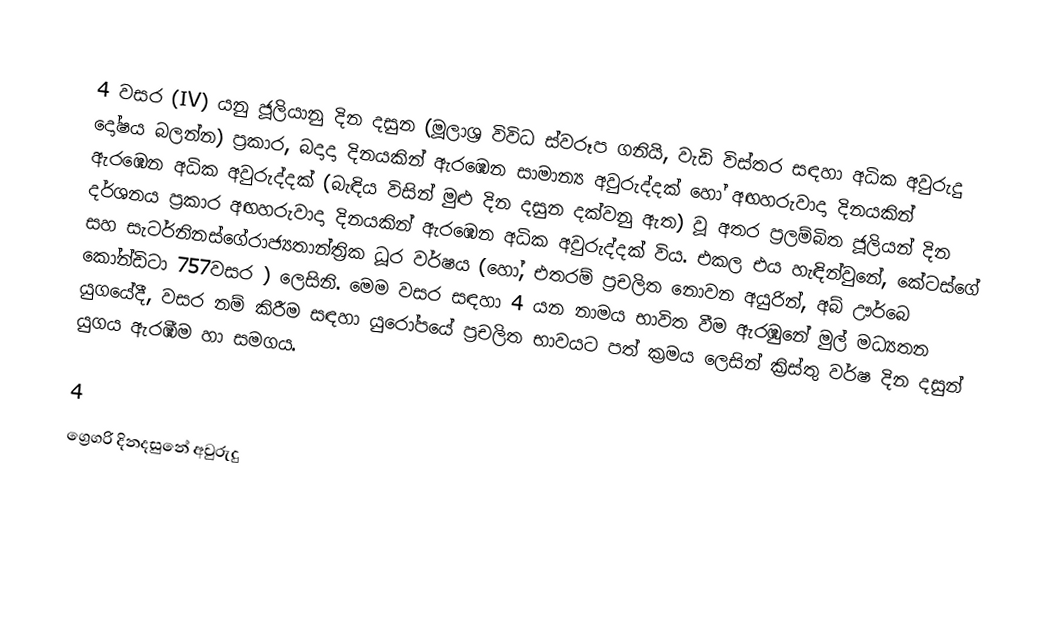

4 වසර (IV) යනු ජූලියානු දින දසුන (මූලාශ්‍ර විවිධ ස්වරූප ගනියි, වැඩි විස්තර සඳහා අධික අවුරුදු දෝෂය බලන්න) ප්‍රකාර,   බදාදා දිනයකින් ඇරඹෙන සාමාන්‍ය අවුරුද්දක් හෝ  අඟහරුවාදා දිනයකින් ඇරඹෙන අධික අවුරුද්දක් (බැඳිය විසින් මුළු දින දසුන දක්වනු ඇත) වූ අතර ප්‍රලම්බිත ජූලියන් දින දර්ශනය ප්‍රකාර  අඟහරුවාදා දිනයකින් ඇරඹෙන අධික අවුරුද්දක් විය. එකල එය හැඳින්වුනේ, කේටස්ගේ සහ  සැටර්නිනස්ගේරාජ්‍යතාන්ත්‍රික  ධූර වර්ෂය (හෝ, එතරම් ප්‍රචලිත නොවන අයුරින්,  අබ් ඌර්බෙ කෝන්ඩිටා 757වසර  ) ලෙසිනි. මෙම වසර සඳහා 4  යන නාමය භාවිත වීම ඇරඹුනේ මුල් මධ්‍යතන යුගයේදී, වසර නම් කිරීම සඳහා යුරෝපයේ ප්‍රචලිත භාවයට පත් ක්‍රමය ලෙසින් ක්‍රිස්තු වර්ෂ දින දසුන් යුගය ඇරඹීම හා සමගය.

4
ග්‍රෙගරි දිනදසුනේ අවුරුදු